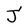
Character: J